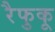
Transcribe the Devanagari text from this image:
रैफुकू